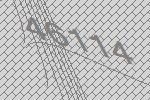
46114